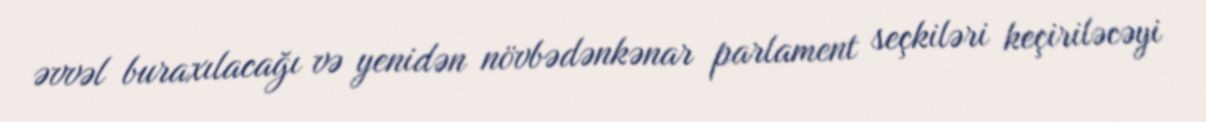
əvvəl buraxılacağı və yenidən növbədənkənar parlament seçkiləri keçiriləcəyi